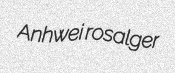
Anhwei rosalger